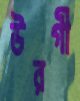
উরগী